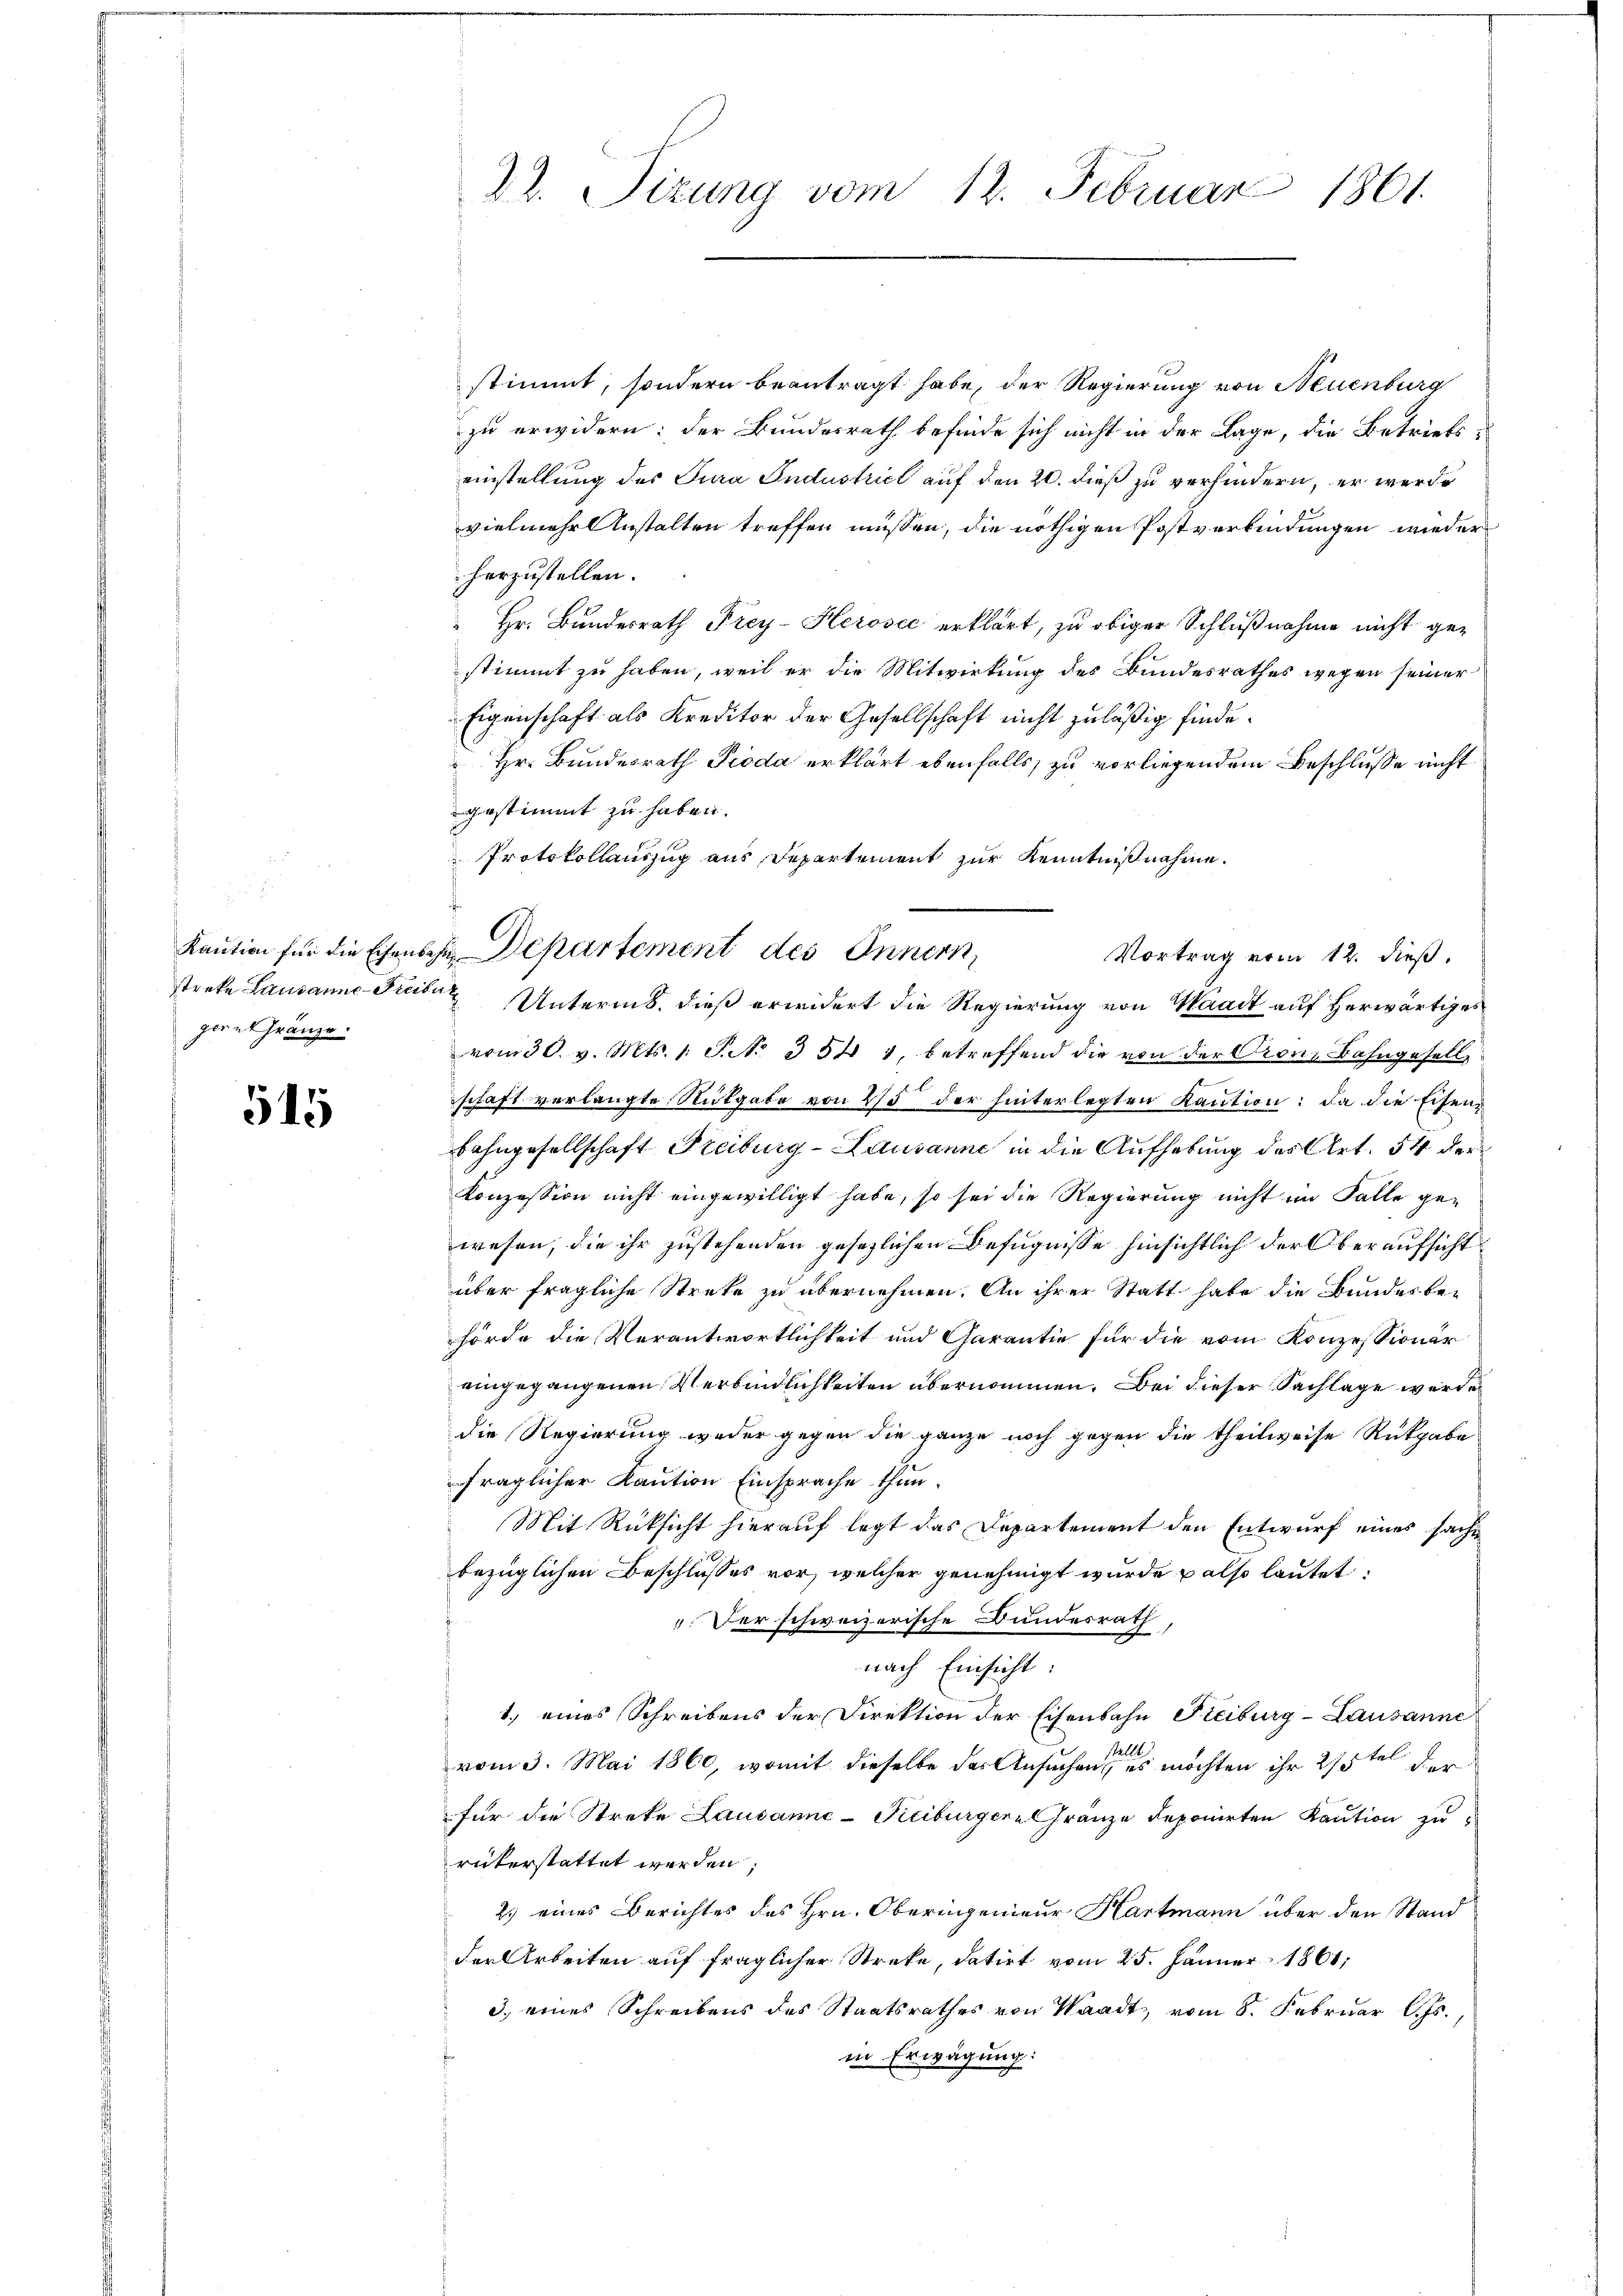
gern Gränze.

515

22. Sizung vom 12. Februar 1861.

stimmt, sondern beantragt habe, der Regierung von Neuenburg
zu erwidern: der Bundesrath befinde sich nicht in der Lage, die Betriebs-
einstellung des Jura Industrict auf den 20. dieß zu verhindern, er werde
vielmehr Anstalten treffen müssen, die nöthigen Postverbindungen wieder
herzustellen.
 Hr. Bundesrath Frey-Herosec erklärt, zu obiger Schlußnahme nicht gestimmt zu haben, weil er die Mitwirkung des Bundesrathes wegen seiner
Eigenschaft als Kreditor der Gesellschaft nicht zuläßig finde.
 Hr. Bundesrath Pioda erklärt ebenfalls zu vorliegendem Beschlusse nicht
gestimmt zu haben.
Protokollauszug aus Departement zur Kenntnißnahme.
Vortrag vom 12. dieß.
treke Lausanne Freibe Untermo, dieß erwidert die Regierung von Waadt auf herwärtiges
vom 30. v. Mts. 1. P. N. 354 1, betreffend die von der Prons Bahngesell
schaft verlangte Rütgabe von 25 der hinterlegten Kaution: da die Eisen¬
Bahngesellschaft Freiburg-Lausanne in die Aufhebung des Art. 54 der
konzession nicht eingewilligt habe, so sei die Regierung nicht im Falle ge-
wesen, die ihr zustehenden gesezlichen Befugnisse hinsichtlich der Oberaufsichtüber fragliche Streke zu übernehmen. An ihrer Statt habe die Bundesbehörde die Verantwortlichkeit und Charantie für die vom Konzessionär
eingegangenen Verbindlichkeiten übernommen. Bei dieser Sachlage werde
die Regierung weder gegen die ganze noch gegen die theilweise Rückgabe
fraglicher Kaution Einsprache thun.
Mit Rücksicht hierauf legt das Departement den Entwurf eines sache
bezüglichen Beschlusses vor, welcher genehmigt wurde also lautet:
Der schweizerische Bundesrath,
nach Einsicht:
1. eines Schreibens der Direktion der Eisenbahn Freiburg-Lausanne
tellt
vom 3. Mai 1860, womit dieselbe der Ansuchen, es möchten ihr 215ten der
für die Streke Lausanne-Freiburgern Gränze deponirten Kaution zu
rükerstattet werden;
2) eines Berichtes des Hrn. Oberingenieur Hartmann über den Stand
der Arbeiten auf fraglicher Streke, datirt vom 25. Jänner 1861,
3.) eines Schreibens des Staatsrathes von Waadt, vom 8. Februar l. Js.,
in Erwägung:

Kaution für die Eisenbahn Departement des Innern,